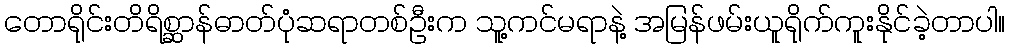
တောရိုင်းတိရိစ္ဆာန်ဓာတ်ပုံဆရာတစ်ဦးက သူ့ကင်မရာနဲ့ အမြန်ဖမ်းယူရိုက်ကူးနိုင်ခဲ့တာပါ။